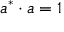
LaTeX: a ^ { * } \cdot a = 1